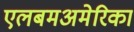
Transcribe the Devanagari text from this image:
एलबमअमेरिका